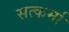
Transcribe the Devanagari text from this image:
सत्कर्मा